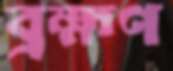
ব্রহ্মণ